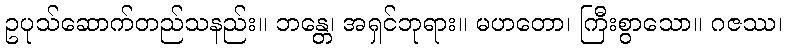
ဥပုသ်ဆောက်တည်သနည်း။ ဘန္တေ၊ အရှင်ဘုရား။ မဟတော၊ ကြီးစွာသော။ ဂဇဿ၊